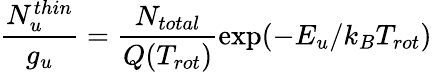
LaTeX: \frac{N_{u}^{thin}}{g_{u}}=\frac{N_{total}}{Q(T_{rot})}\exp(-E_{u}/k_{B}T_{rot})